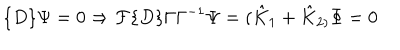
LaTeX: \{ D \} \Psi = 0 \Rightarrow { \cal F } \{ D \} \Gamma \Gamma ^ { - 1 } \Psi = ( \hat { K } _ { 1 } + \hat { K } _ { 2 ) } \Phi = 0